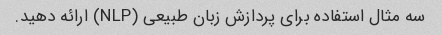
سه مثال استفاده برای پردازش زبان طبیعی (NLP) ارائه دهید.